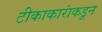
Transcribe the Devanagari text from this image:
टीकाकारांकडून